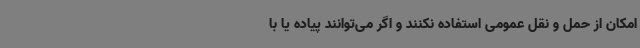
امکان از حمل و نقل عمومی استفاده نکنند و اگر می‌توانند پیاده یا با